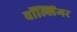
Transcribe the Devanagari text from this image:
वॉल्लिंगर